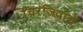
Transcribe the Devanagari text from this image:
चिरंजिवांचे